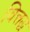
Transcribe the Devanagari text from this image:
वित्तद्ध